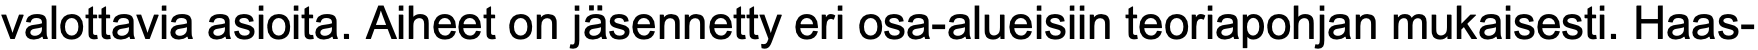
valottavia asioita. Aiheet on jäsennetty eri osa-alueisiin teoriapohjan mukaisesti. Haas-